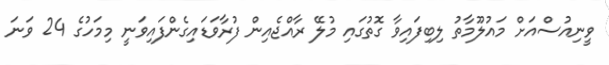
ވީނިއުސްއަށް މައުލޫމާތު ލިބިފައިވާ ގޮތުގައި މުލޭ ރާއްޖެއިން ފުރާވަޑައިގެންފައިވަނީ މިމަހުގެ 24 ވަނަ